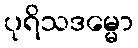
ပုရိသဒမ္မော